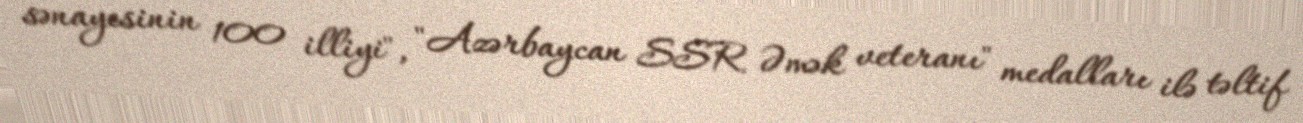
sənayesinin 100 illiyi", "Azərbaycan SSR Əmək veteranı" medalları ilə təltif